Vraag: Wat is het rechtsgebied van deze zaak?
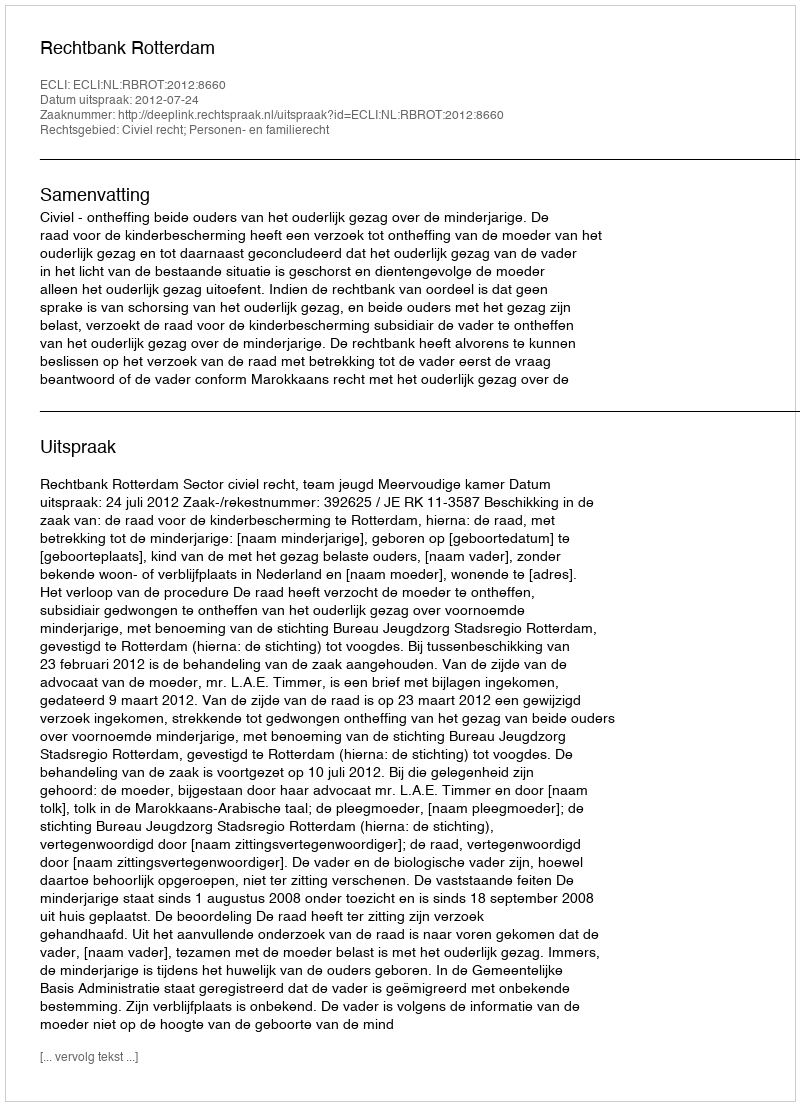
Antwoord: Civiel recht; Personen- en familierecht